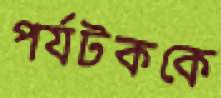
পর্যটককে